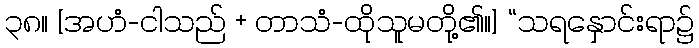
၃၈။ [အဟံ-ငါသည် + တာသံ-ထိုသူမတို့၏။] “သရနှောင်းရာ၌